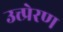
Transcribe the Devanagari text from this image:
उत्त्प्रेरण